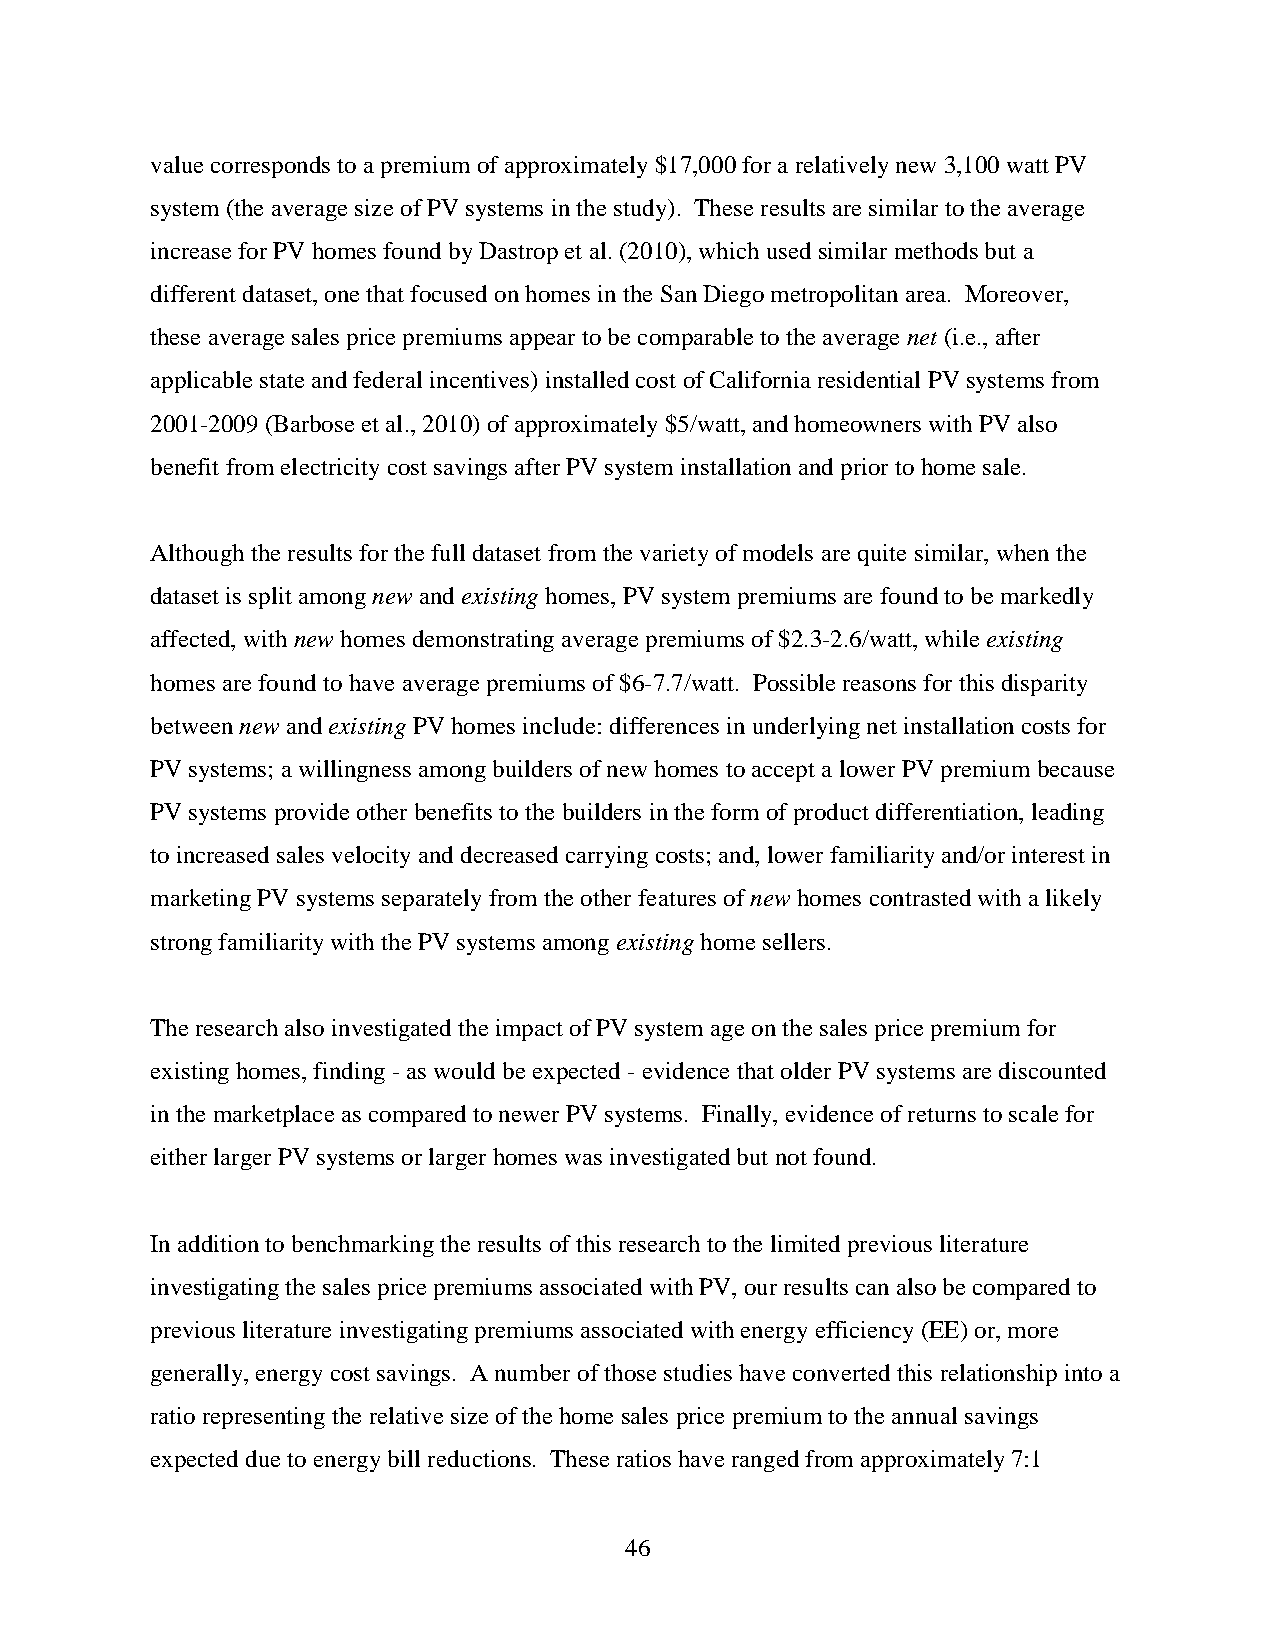
value corresponds to a premium of approximately $17,000 for a relatively new 3,100 watt PV
 system (the average size of PV systems in the study). These results are similar to the average
 increase for PV homes found by Dastrop et al. (2010), which used similar methods but a
 different dataset, one that focused on homes in the San Diego metropolitan area. Moreover,
 these average sales price premiums appear to be comparable to the average net (i.e., after
 applicable state and federal incentives) installed cost of California residential PV systems from
 2001-2009 (Barbose et al., 2010) of approximately $5/watt, and homeowners with PV also
 benefit from electricity cost savings after PV system installation and prior to home sale.
 Although the results for the full dataset from the variety of models are quite similar, when the
 dataset is split among new and existing homes, PV system premiums are found to be markedly
 affected, with new homes demonstrating average premiums of $2.3-2.6/watt, while existing
 homes are found to have average premiums of $6-7.7/watt. Possible reasons for this disparity
 between new and existing PV homes include: differences in underlying net installation costs for
 PV systems; a willingness among builders of new homes to accept a lower PV premium because
 PV systems provide other benefits to the builders in the form of product differentiation, leading
 to increased sales velocity and decreased carrying costs; and, lower familiarity and/or interest in
 marketing PV systems separately from the other features of new homes contrasted with a likely
 strong familiarity with the PV systems among existing home sellers.
 The research also investigated the impact of PV system age on the sales price premium for
 existing homes, finding - as would be expected - evidence that older PV systems are discounted
 in the marketplace as compared to newer PV systems. Finally, evidence of returns to scale for
 either larger PV systems or larger homes was investigated but not found.
 In addition to benchmarking the results of this research to the limited previous literature
 investigating the sales price premiums associated with PV, our results can also be compared to
 previous literature investigating premiums associated with energy efficiency (EE) or, more
 generally, energy cost savings. A number of those studies have converted this relationship into a
 ratio representing the relative size of the home sales price premium to the annual savings
 expected due to energy bill reductions. These ratios have ranged from approximately 7:1
 46